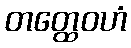
တတ္ထေဝဟံ